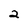
Character: 2